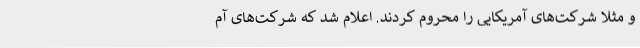
و مثلاً شرکت‌های آمریکایی را محروم کردند. اعلام شد که شرکت‌های آم